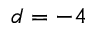
d = - 4